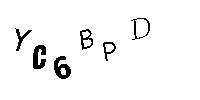
YC6BPD